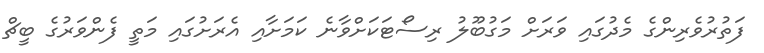
ފަތުރުވެރިންގެ މެދުގައި ވަރަށް މަގުބޫލު ރިސޯޓަކަށްވާނެ ކަމަށާއި އެރަށުގައި މަތީ ފެންވަރުގެ ބީޗް